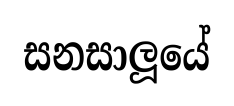
සනසාලූයේ